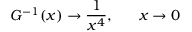
G ^ { - 1 } ( x ) \rightarrow { \frac { 1 } { x ^ { 4 } } } , ~ ~ ~ ~ ~ x \rightarrow 0